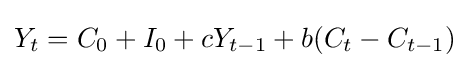
Y_{t}=C_{0}+I_{0}+cY_{t-1}+b(C_{t}-C_{t-1})